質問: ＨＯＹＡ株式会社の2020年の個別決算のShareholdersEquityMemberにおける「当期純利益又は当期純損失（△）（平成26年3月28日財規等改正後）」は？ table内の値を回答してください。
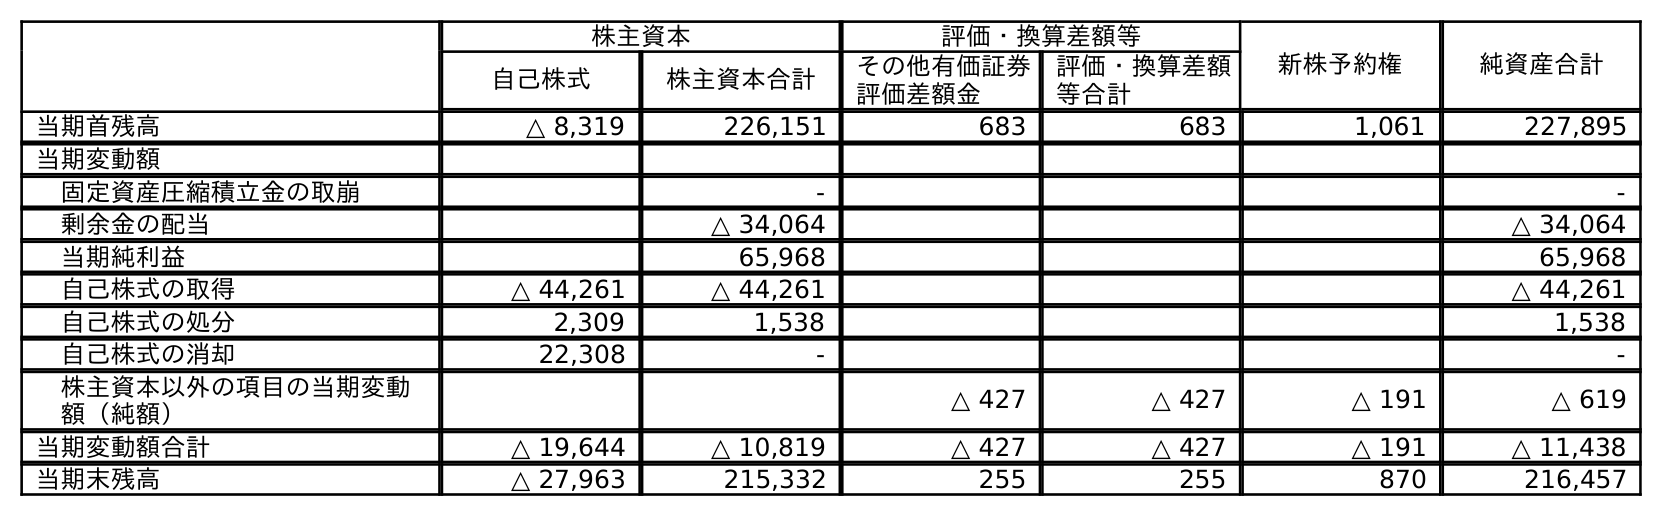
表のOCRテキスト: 株主資本 評価・換算差額等 新株予約権 純資産合計 自己株式 株主資本合計 その他有価証券 評価差額金 評価・換算差額 等合計 当期首残高 △ 8,319 226,151 683 683 1,061 227,895 当期変動額 固定資産圧縮積立金の取崩 - - 剰余金の配当 △ 34,064 △ 34,064 当期純利益 65,968 65,968 自己株式の取得 △ 44,261 △ 44,261 △ 44,261 自己株式の処分 2,309 1,538 1,538 自己株式の消却 22,308 - - 株主資本以外の項目の当期変動 額（純額） △ 427 △ 427 △ 191 △ 619 当期変動額合計 △ 19,644 △ 10,819 △ 427 △ 427 △ 191 △ 11,438 当期末残高 △ 27,963 215,332 255 255 870 216,457
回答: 65,968